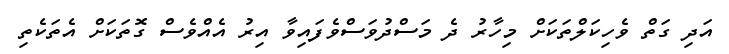
އަދި ގަތް ވެހިކަލްތަކަށް މިހާރު ދެ މަސްދުވަސްވެފައިވާ އިރު އެއްވެސް ގޮތަކަށް އެތަކެތި